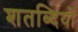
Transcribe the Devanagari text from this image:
शतब्दियों